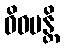
ဝိဓမန္တိ